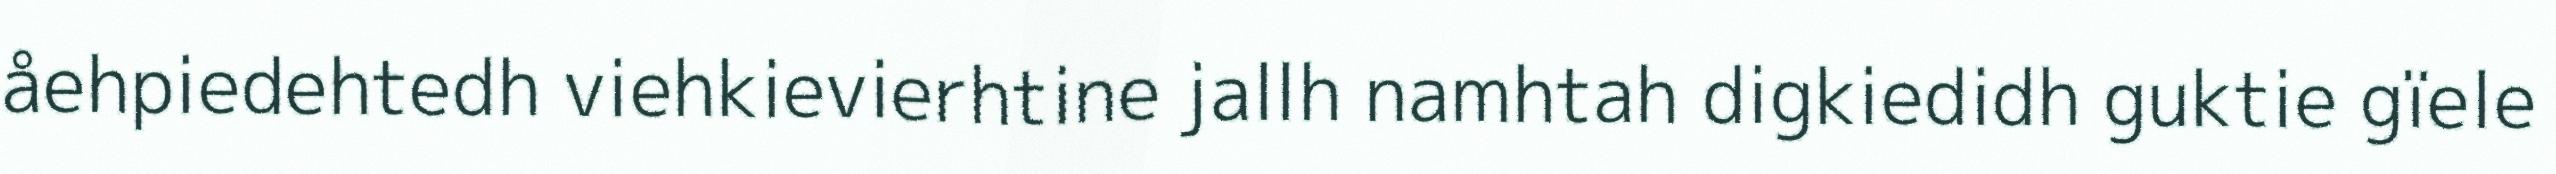
åehpiedehtedh viehkievierhtine jallh namhtah digkiedidh guktie gïele